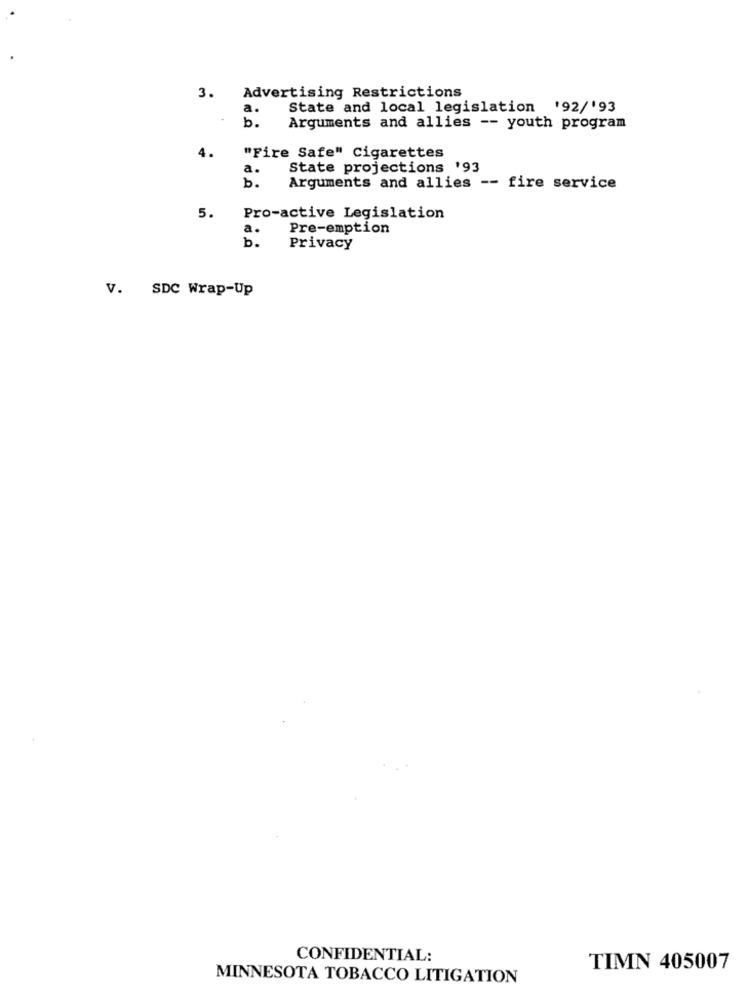
Advertising Restrictions
3.
a.
State and local legislation '92/'93
b .
Arguments and allies -- youth program
4.
"Fire Safe" Cigarettes
a.
State projections '93
b.
Arguments and allies -- fire service
5.
Pro-active Legislation
a.
Pre-emption
b.
Privacy
V. SDC Wrap-Up
CONFIDENTIAL:
TIMN 405007
MINNESOTA TOBACCO LITIGATION